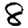
Digit: 8